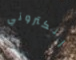
إلكتروني